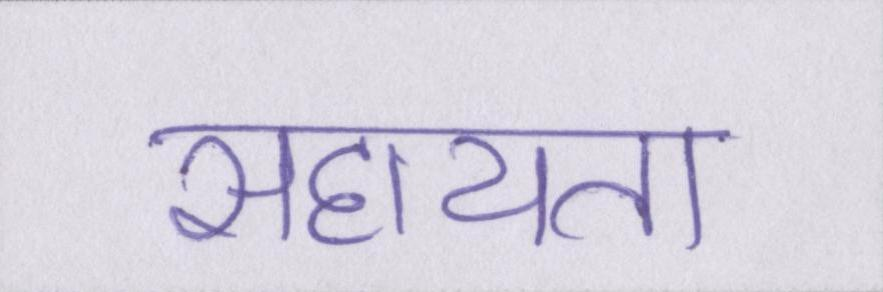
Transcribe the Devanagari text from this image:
सहायता